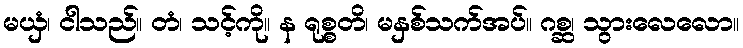
မယှံ၊ ငါသည်။ တံ၊ သင့်ကို။ န ရုစ္စတိ၊ မနှစ်သက်အပ်။ ဂစ္ဆ၊ သွားလေလော။